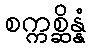
စက္ကစ္ဆိန္နံ